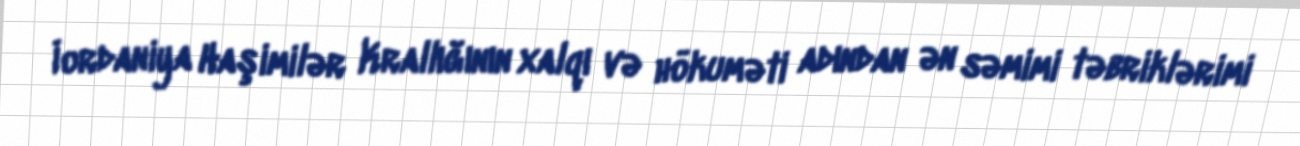
İordaniya Haşimilər Krallığının xalqı və hökuməti adından ən səmimi təbriklərimi